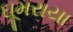
ઘૂમરાયા